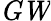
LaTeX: \mathit{GW}